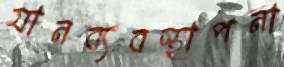
যানব্যবস্থাপনা